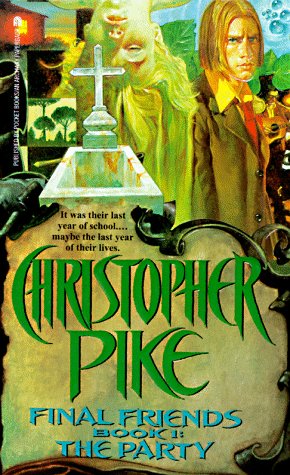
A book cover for The PARTY FINAL FRIENDS 1; Christopher Pike; Teen & Young Adult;